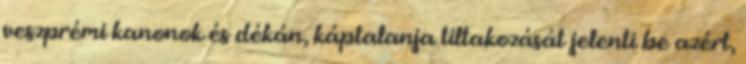
veszprémi kanonok és dékán, káp­talanja tiltakozását jelenti be azért,